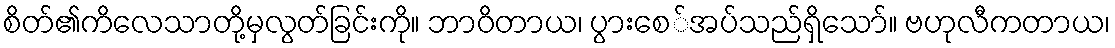
စိတ်၏ကိလေသာတို့မှလွတ်ခြင်းကို။ ဘာဝိတာယ၊ ပွားစေ်အပ်သည်ရှိသော်။ ဗဟုလီကတာယ၊